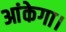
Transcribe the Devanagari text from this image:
आंकेगा।